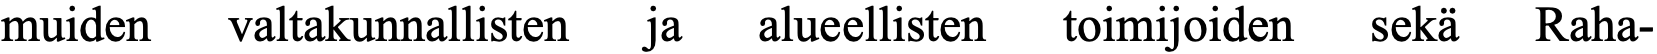
muiden valtakunnallisten ja alueellisten toimijoiden sekä Raha-